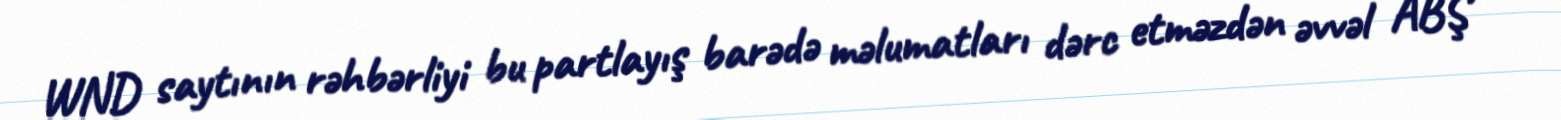
WND saytının rəhbərliyi bu partlayış barədə məlumatları dərc etməzdən əvvəl ABŞ